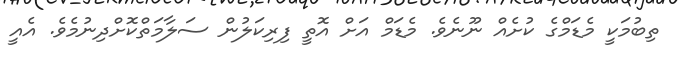
ތިބުމަކީ މެޑަމްގެ ކުށެއް ނޫނެވެ. މެޑަމް އަށް އޮތީ ފިރިކަލުން ސަލާމަތްކޮށްދިނުމެވެ. އެއީ